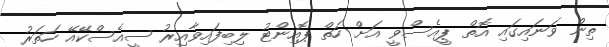
ތިން ވަނައިގައި އޮތް ޕީއެސްވީ އަށް ހަތް ޕޮއިންޓު ލިބިފައިވާއިރު ސީއެސްކޭއޭ ހަތަރު